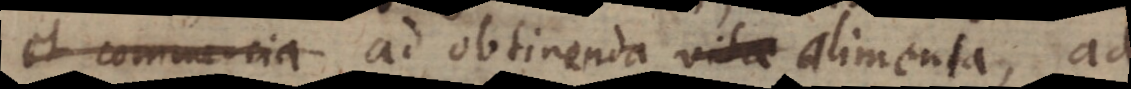
et commercia ad obtinenda alimenta, ad